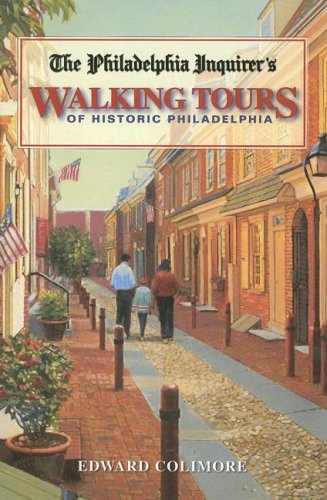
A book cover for The Philadelphia Inquirer's Walking Tour of Historic Philadelphia (Philadelphia Inquirer's Walking Tours of Historic Philadelphia); Edward Colimore; Health, Fitness & Dieting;